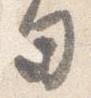
日